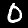
Label: 0